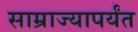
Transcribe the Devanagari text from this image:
साम्राज्यापर्यंत